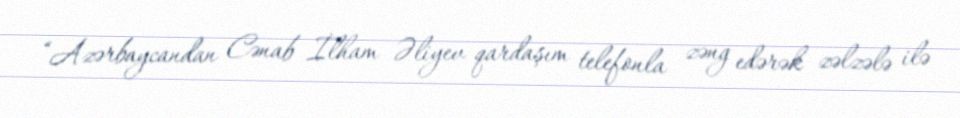
“Azərbaycandan Cənab İlham Əliyev qardaşım telefonla zəng edərək zəlzələ ilə